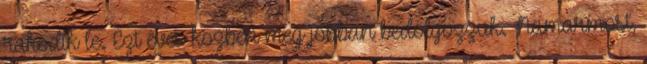
rakodik le. Ezt eves kozben meg jobban bedolgozzuk. Namarmost,